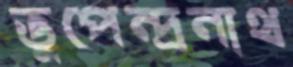
ভুপেন্দ্রনাথ